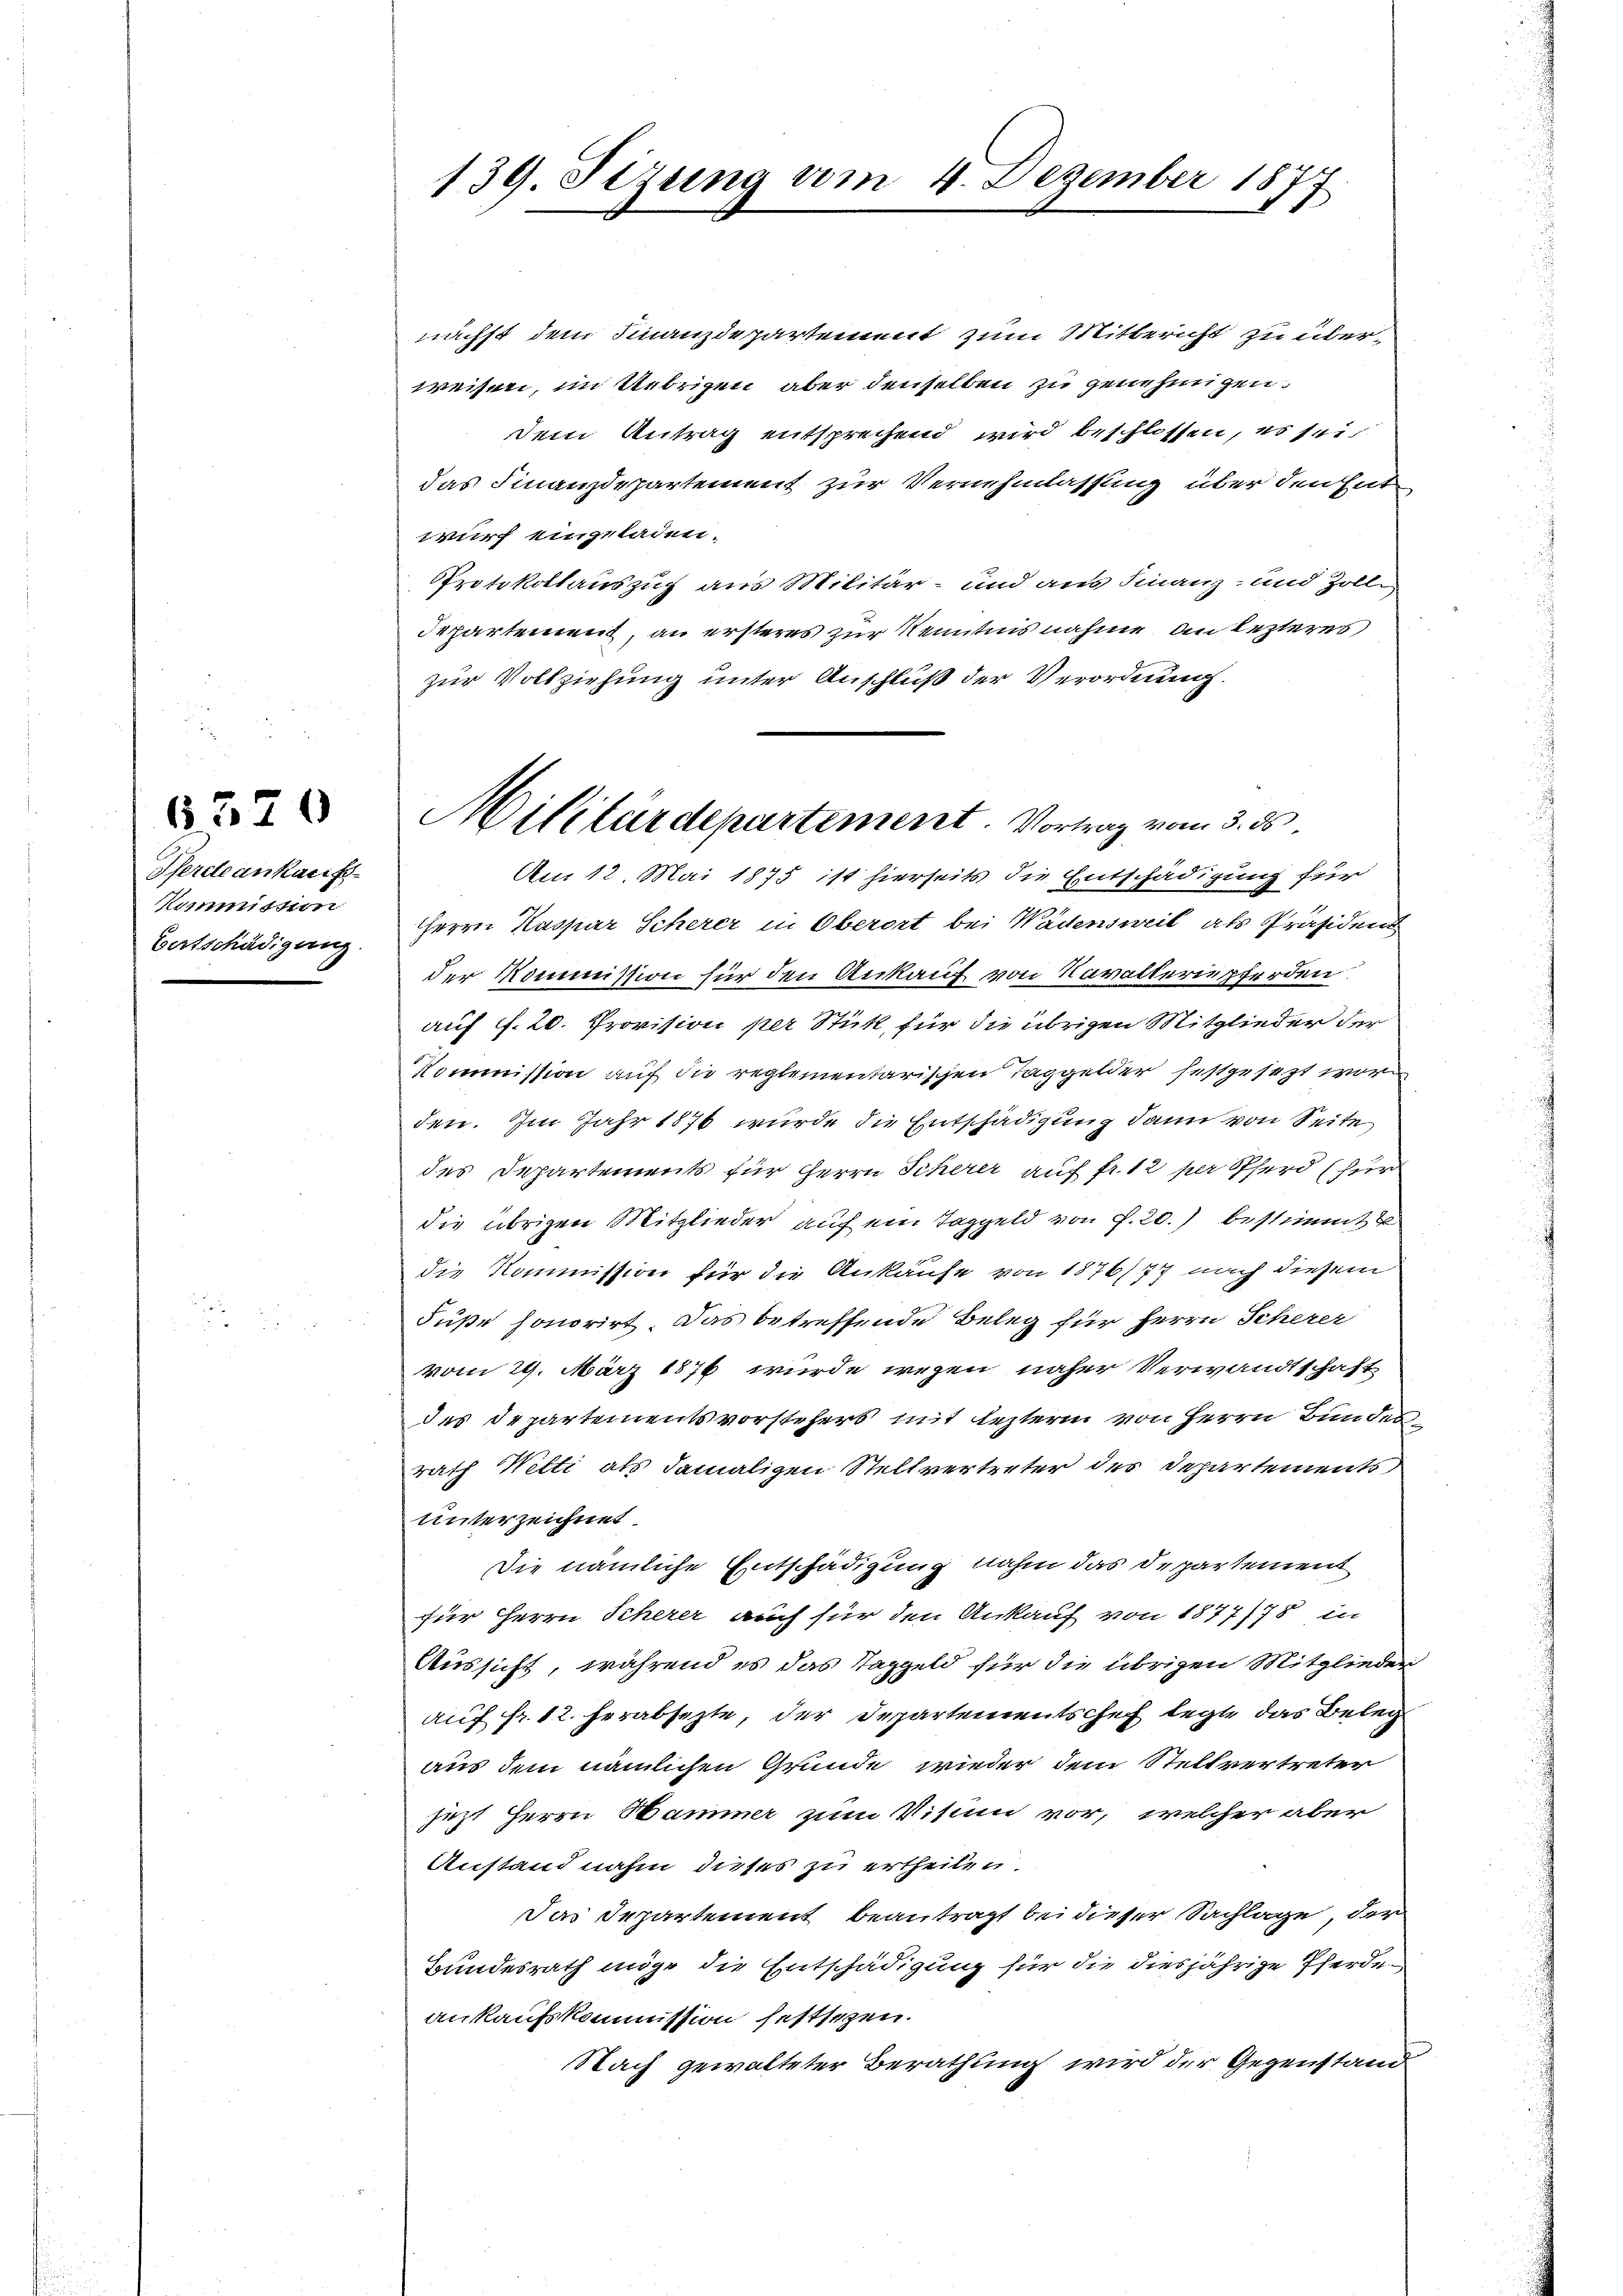
Pferde ankaufs
Kommission
Botschädigung.

6370

139. Sizung vom 4. Dezember 1877

nächst dem Finanzdepartement zum Mitbericht zu überweisen, im Uebrigen, aber denselben zu genehmigen.
dem Antrag entsprechend wird beschlossen, es sei
das Finanzdepartement zur Vernehmlassung über den hat
wurf eingeladen.
Protokollauszug aus Militär- und aus Finanz- und Zolli
Departement, an ersteres zur Kenntnis nahme an lezteres,
zur Vollziehung unter Anschluß der Verordnung.
Am 12 Mai 1875 ist hierseits die Entschädigung für
Herrn Kaspar Scherer in Oberort bei Wädensweil als Präsiden
der Kommission für den Ankauf von Navallerupferden
auf f. 20. Provision per Stick, für die übrigen Mitglieder der
Kommission auf die reglementarischen Taggelder festgesezt wor
den. Im Jahr 1876 wurde die Entschädigung dann von Seite
des Departements für Herrn Scherer auf fr. 12 per Pferd (für
die übrigen Mitglieder auf ein Taggeld von f. 20.) bestimmt
die Kommission für die Ankaufe von 1876/77 nach diesem
Fuße honorirt. Das betreffende Beleg für Herrn Scherer
vom 29. März 1876 wurde wegen näher Verwandtschaft
des Departementsvorstehers mit lezterm von Herrn Bundes
rath Wetti als damaligen Stellvertreter des Departements
Unterzeichnet.
Die nämliche Entschädigung nahm das Departement
für Herrn Scherer auch für den Ankauf von 1877/78 in
Aussicht, während es das Taggeld für die übrigen Mitglieder
auf fr. 12. herabsezte, der Departementschef legte das Beleg
aus dem nämlichen Grunde wieder dem Stellvertreter
jezt Herrn Hammer zum Visium vor, welcher aber
Anstandnahm dieses zu ertheilen.
Das Departement beantragt bei dieser Sachlage, der
Bundesrath möge die Entschädigung für die diesjährige Pferdeankaufskommission festsezen.
Nach gewalteter Berathung wird der Gegenstand

Militärdepartement. Vortrag vom 3. ds.